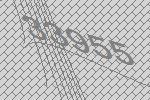
33955